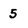
Character: 5